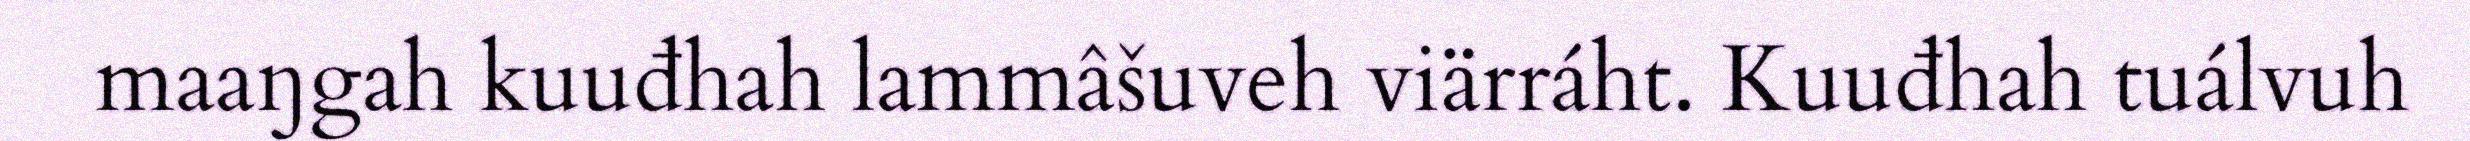
maaŋgah kuuđhah lammâšuveh viärráht. Kuuđhah tuálvuh